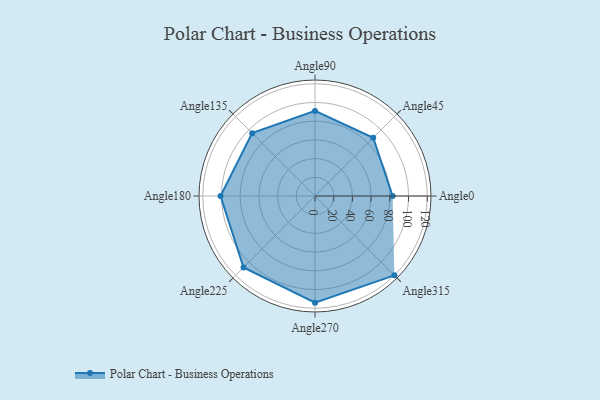
{"axis": {"x": "Angle", "y": "Radius"}, "legend": [""], "data": [{"x": "Angle0", "y": 83.0, "type": ""}, {"x": "Angle45", "y": 88.0, "type": ""}, {"x": "Angle90", "y": 91.0, "type": ""}, {"x": "Angle135", "y": 95.0, "type": ""}, {"x": "Angle180", "y": 101.0, "type": ""}, {"x": "Angle225", "y": 108.0, "type": ""}, {"x": "Angle270", "y": 114.0, "type": ""}, {"x": "Angle315", "y": 120.0, "type": ""}]}